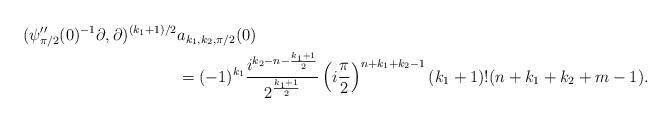
LaTeX: \begin{align*}(\psi_{\pi/2}''(0)^{-1}\partial, \partial)^{(k_1+1)/2}& a_{k_1,k_2,\pi/2}(0)\\&= (-1)^{k_1}\frac{i^{k_2-n-\frac{k_1+1}{2}}}{2^{\frac{k_1+1}{2}}}\left(i\frac{\pi}{2}\right)^{n+k_1+k_2-1}(k_1+1)! (n+k_1+k_2+m-1).\end{align*}